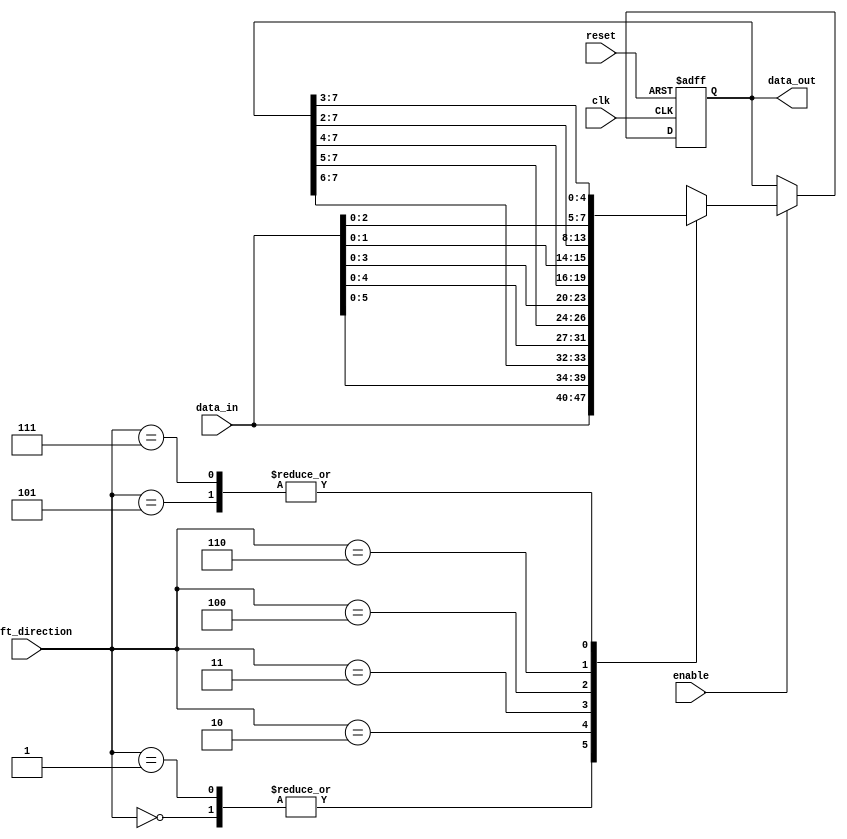
module shift_reg1 (
  input clk,
  input reset,
  input enable,
  input [7:0] data_in,
  input [2:0] shift_direction,
  output reg [7:0] data_out
);

reg [7:0] shift_reg;

always @(posedge clk or posedge reset) begin
  if (reset) begin
    shift_reg <= 8'b0;
  end else if (enable) begin
    case (shift_direction)
      3'b000: shift_reg <= {shift_reg[6:0], data_in};
      3'b001: shift_reg <= {shift_reg[7], shift_reg[6:0], data_in};
      3'b010: shift_reg <= {shift_reg[5:0], data_in, shift_reg[7:6]};
      3'b011: shift_reg <= {shift_reg[4:0], data_in, shift_reg[7:5]};
      3'b100: shift_reg <= {shift_reg[3:0], data_in, shift_reg[7:4]};
      3'b101: shift_reg <= {shift_reg[2:0], data_in, shift_reg[7:3]};
      3'b110: shift_reg <= {shift_reg[1:0], data_in, shift_reg[7:2]};
      3'b111: shift_reg <= {data_in, shift_reg[7:3]};
    endcase
  end
end

assign data_out = shift_reg;

endmodule